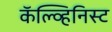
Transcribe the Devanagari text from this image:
कॅल्व्हिनिस्ट